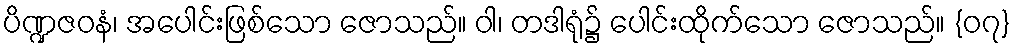
ပိဏ္ဍဇဝနံ၊ အပေါင်းဖြစ်သော ဇောသည်။ ဝါ၊ တဒါရုံ၌ ပေါင်းထိုက်သော ဇောသည်။ {၀၇}